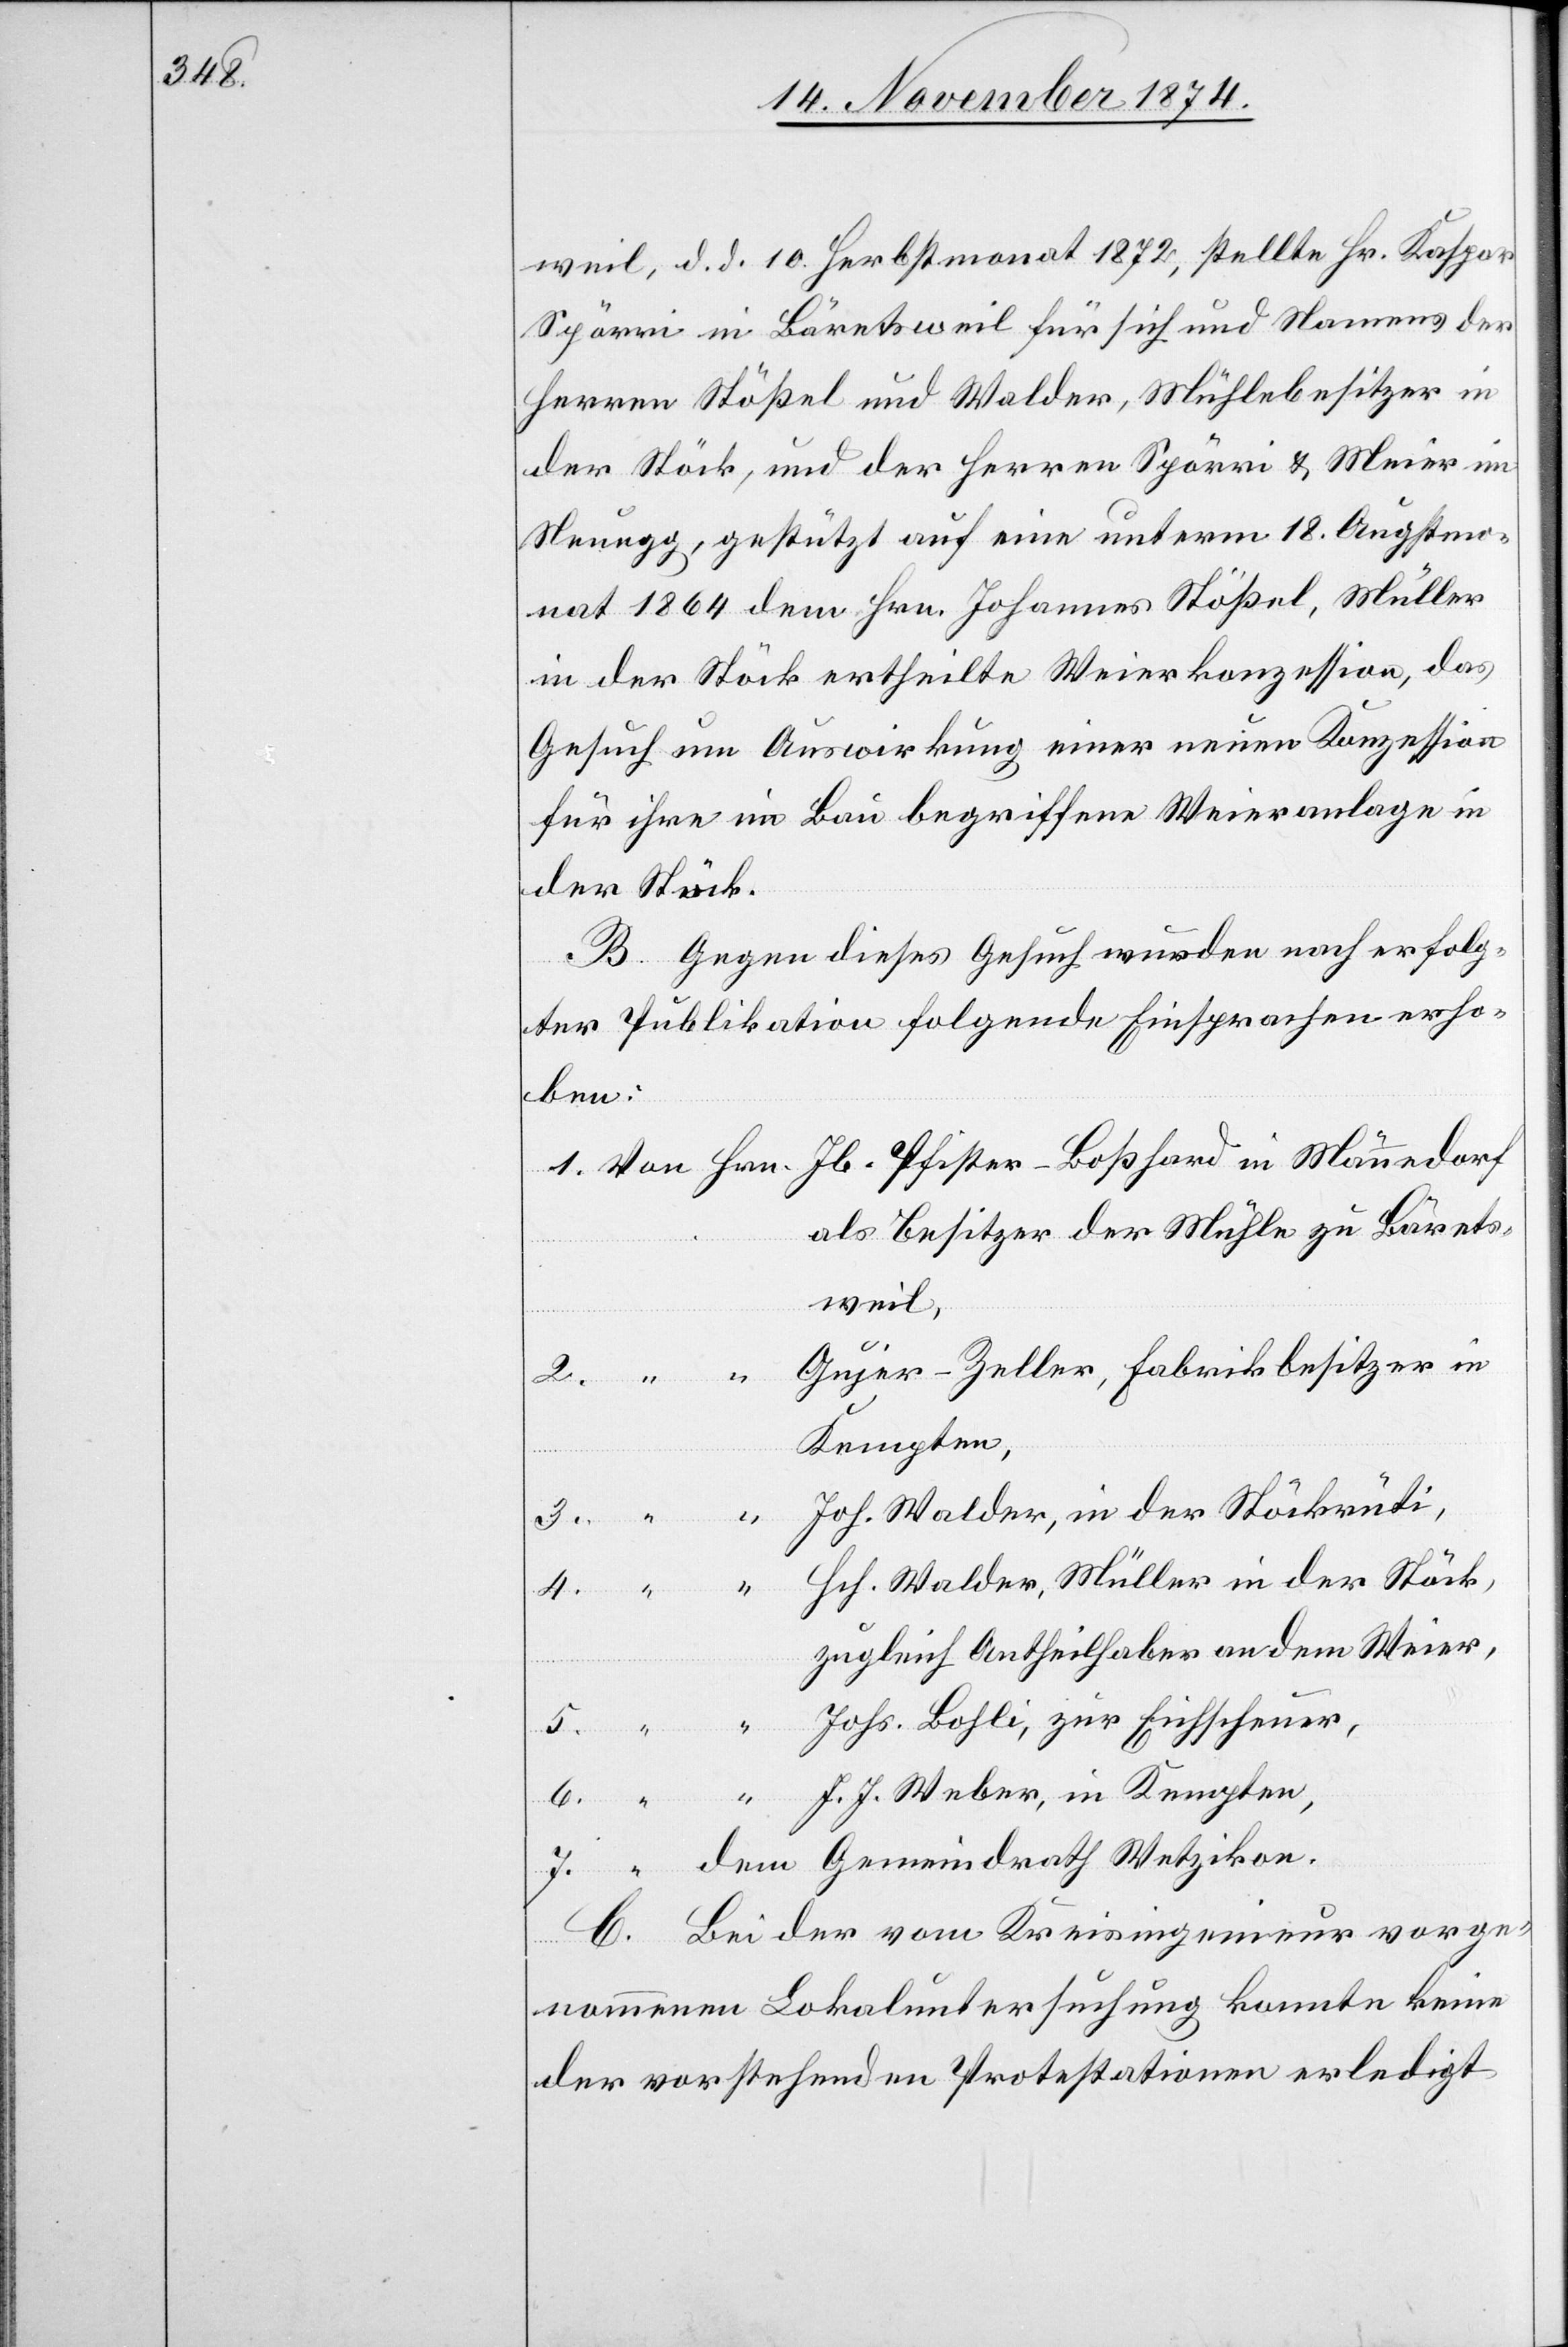
weil, d. d. 10. Herbstmonat 1872, stellte Hr. Kaspar
Spörri in Bäretsweil für sich und Namens der
Herren Stößel und Walder, Mühlebesitzer in
der Stöck, und der Herren Spörri & Meier im
Strugg, gestützt auf eine unterm 18. Augstmo¬
nat 1864 dem Hrn. Johannes Stößel, Müller
in der Stöck ertheilte Weierkonzession, das
Gesuch um Auswirkung einer neuen Konzession
für ihre im Bau begriffene Weieranlage in
der Stöck,
B. Gegen dieses Gesuch wurden nach erfolg¬
ter Publikation folgende Einsprachen erho¬
ben:
als Besitzer der Mühle zu Bärets¬
weil,
Guejer-Zeller, Fabrikbesitzer in
Kempten,
Joh. Walder, in der Stöckrüti,
J. J. Weber, in
zugleich Antheilhaber an dem Weier,
dem Gemeindrath Wetzikon.
C. Bei der vom Kreisingenieur vorge¬
nommenen Lokaluntersuchung konnte keine
der vorstehenden Protestationen erledigt